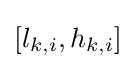
[l_{k,i},h_{k,i}]